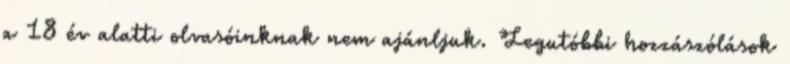
a 18 év alatti olvasóinknak nem ajánljuk. Legutóbbi hozzászólások